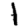
Digit: 1